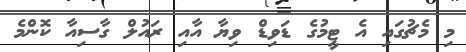
މި މެޗުގައި އެ ޓީމުގެ ޑަވިޑް ވިޔާ އާއި ރައުލް ގާސިއާ ކޮންމެ